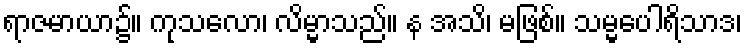
ရာဇမာယာ၌။ ကုသလော၊ လိမ္မာသည်။ န အသိ၊ မဖြစ်။ သမ္မပေါရိသာဒ၊